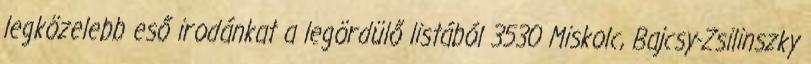
legközelebb eső irodánkat a legördülő listából 3530 Miskolc, Bajcsy-Zsilinszky